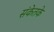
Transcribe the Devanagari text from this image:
संकेतके